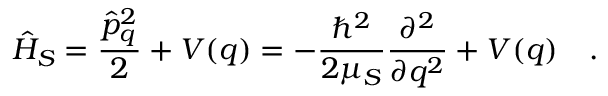
\hat { H } _ { S } = \frac { \hat { p } _ { q } ^ { 2 } } { 2 } + V ( q ) = - \frac { \hbar ^ { 2 } } { 2 \mu _ { S } } \frac { \partial ^ { 2 } } { \partial q ^ { 2 } } + V ( q ) \quad .